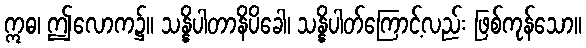
ဣဓ၊ ဤလောက၌။ သန္နိပါတာနိပိခေါ၊ သန္နိပါတ်ကြောင့်လည်း ဖြစ်ကုန်သော။